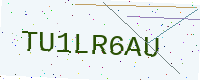
Text: TU1LR6AU